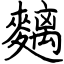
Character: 麶